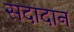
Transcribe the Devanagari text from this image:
सदादान